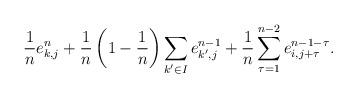
LaTeX: \begin{align*}\frac{1}{n}e_{k,j}^n+\frac{1}{n}\left(1-\frac{1}{n}\right)\sum_{k'\in I}e_{k',j}^{n-1}+\frac{1}{n}\sum_{\tau=1}^{n-2}e_{i,j+\tau}^{n-1-\tau}.\end{align*}